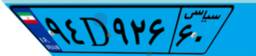
۱۵D۷۵۲۷۵